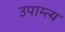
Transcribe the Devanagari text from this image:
उपाम्त्य